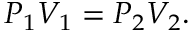
\qquad P _ { 1 } V _ { 1 } = P _ { 2 } V _ { 2 } .